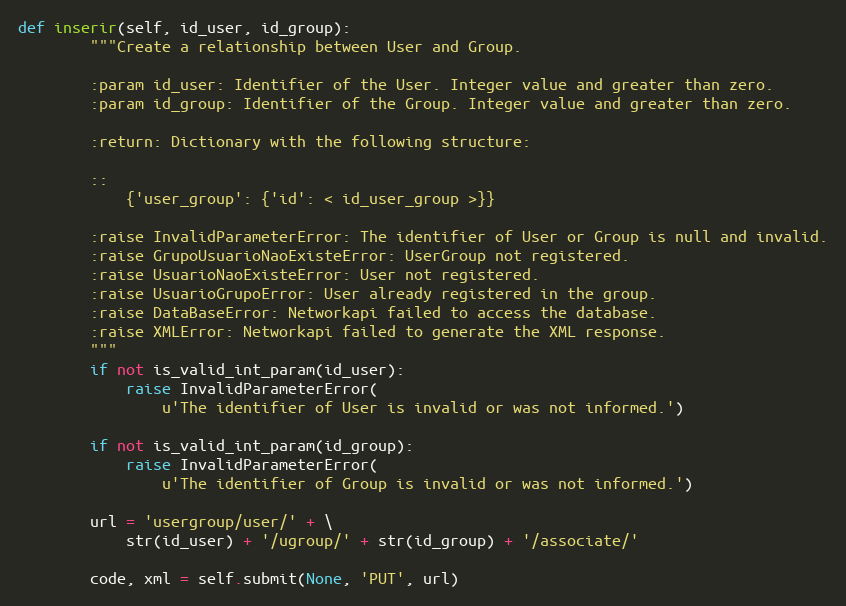
Language: Python
def inserir(self, id_user, id_group):
        """Create a relationship between User and Group.

        :param id_user: Identifier of the User. Integer value and greater than zero.
        :param id_group: Identifier of the Group. Integer value and greater than zero.

        :return: Dictionary with the following structure:

        ::
            {'user_group': {'id': < id_user_group >}}

        :raise InvalidParameterError: The identifier of User or Group is null and invalid.
        :raise GrupoUsuarioNaoExisteError: UserGroup not registered.
        :raise UsuarioNaoExisteError: User not registered.
        :raise UsuarioGrupoError: User already registered in the group.
        :raise DataBaseError: Networkapi failed to access the database.
        :raise XMLError: Networkapi failed to generate the XML response.
        """
        if not is_valid_int_param(id_user):
            raise InvalidParameterError(
                u'The identifier of User is invalid or was not informed.')

        if not is_valid_int_param(id_group):
            raise InvalidParameterError(
                u'The identifier of Group is invalid or was not informed.')

        url = 'usergroup/user/' + \
            str(id_user) + '/ugroup/' + str(id_group) + '/associate/'

        code, xml = self.submit(None, 'PUT', url)